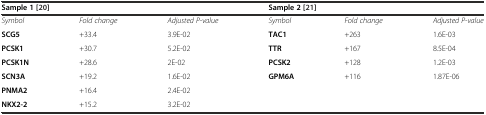
| <COLSPAN=3> Sample 1[20] | <COLSPAN=3> Sample 2[21] |
 | --- | --- | --- | --- | --- | --- |
 | Symbol | Fold change | Adjusted P-value | Symbol | Fold change | Adjusted P-value |
 | SCG5 | +33.4 | 3.9E-02 | TAC1 | +263 | 1.6E-03 |
 | PCSK1 | +30.7 | 5.2E-02 | TTR | +167 | 8.5E-04 |
 | PCSK1N | +28.6 | 2E-02 | PCSK2 | +128 | 1.2E-03 |
 | SCN3A | +19.2 | 1.6E-02 | GPM6A | +116 | 1.87E-06 |
 | PNMA2 | +16.4 | 2.4E-02 |  |  |  |
 | NKX2-2 | +15.2 | 3.2E-02 |  |  |  |